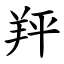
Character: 䍬